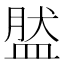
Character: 𥁾